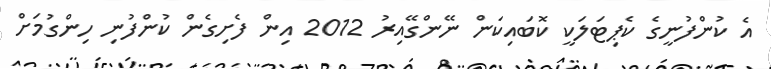
އެ ކުންފުނީގެ ކެޕިޓަލަކީ ކޮބައިކަން ނޭންގޭއިރު 2012 އިން ފެށިގެން ކުންފުނި ހިންގުމަށް